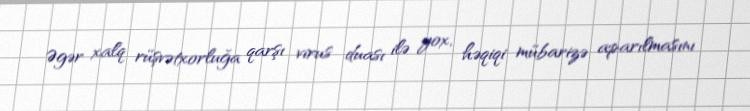
Əgər xalq rüşvətxorluğa qarşı virus duası ilə yox, həqiqi mübarizə aparılmasını